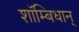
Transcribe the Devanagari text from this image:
शाॅम्बिधान्